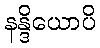
နန္ဒိယောပိ